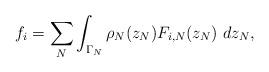
LaTeX: \begin{align*}f_i = \sum_N \int_{\Gamma_N} \rho_N(z_N)F_{i,N}(z_N)\ dz_N,\end{align*}